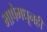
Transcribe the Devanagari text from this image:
भाषेमधूनही